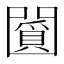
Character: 𠚞